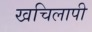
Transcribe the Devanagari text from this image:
खचिलापी